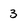
Character: 3